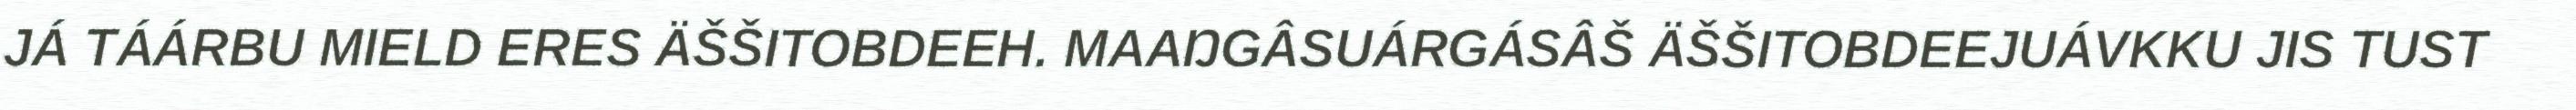
JÁ TÁÁRBU MIELD ERES ÄŠŠITOBDEEH. MAAŊGÂSUÁRGÁSÂŠ ÄŠŠITOBDEEJUÁVKKU JIS TUST